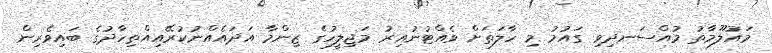
މައުލޫމާތު މުއްސަނދިވި ގައުމު މި ހާލަތަށް ވެއްޓުނުއިރު މަޖިލީހުގެ ޒިންމާ އަދައެއްނުކުރޭއިއްތިހާދުގެ ބައިވެރިން